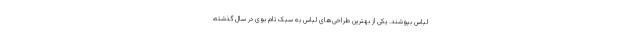
لباس بپوشند. یکی از بهترین طراحی‌های لباس به سبک تام بوی در سال گذشته،